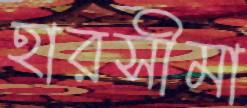
হারসীমা